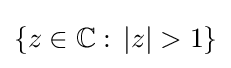
\{z\in \mathbb {C} :\,|z|>1\}